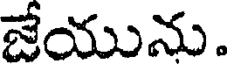
జేయును.